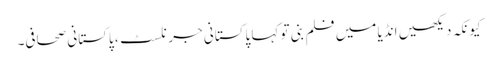
کیونکہ دیکھیں انڈیا میں فلم بنی تو کہا پاکستانی جرنلسٹ، پاکستانی صحافی۔